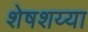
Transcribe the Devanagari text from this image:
शेषशय्या